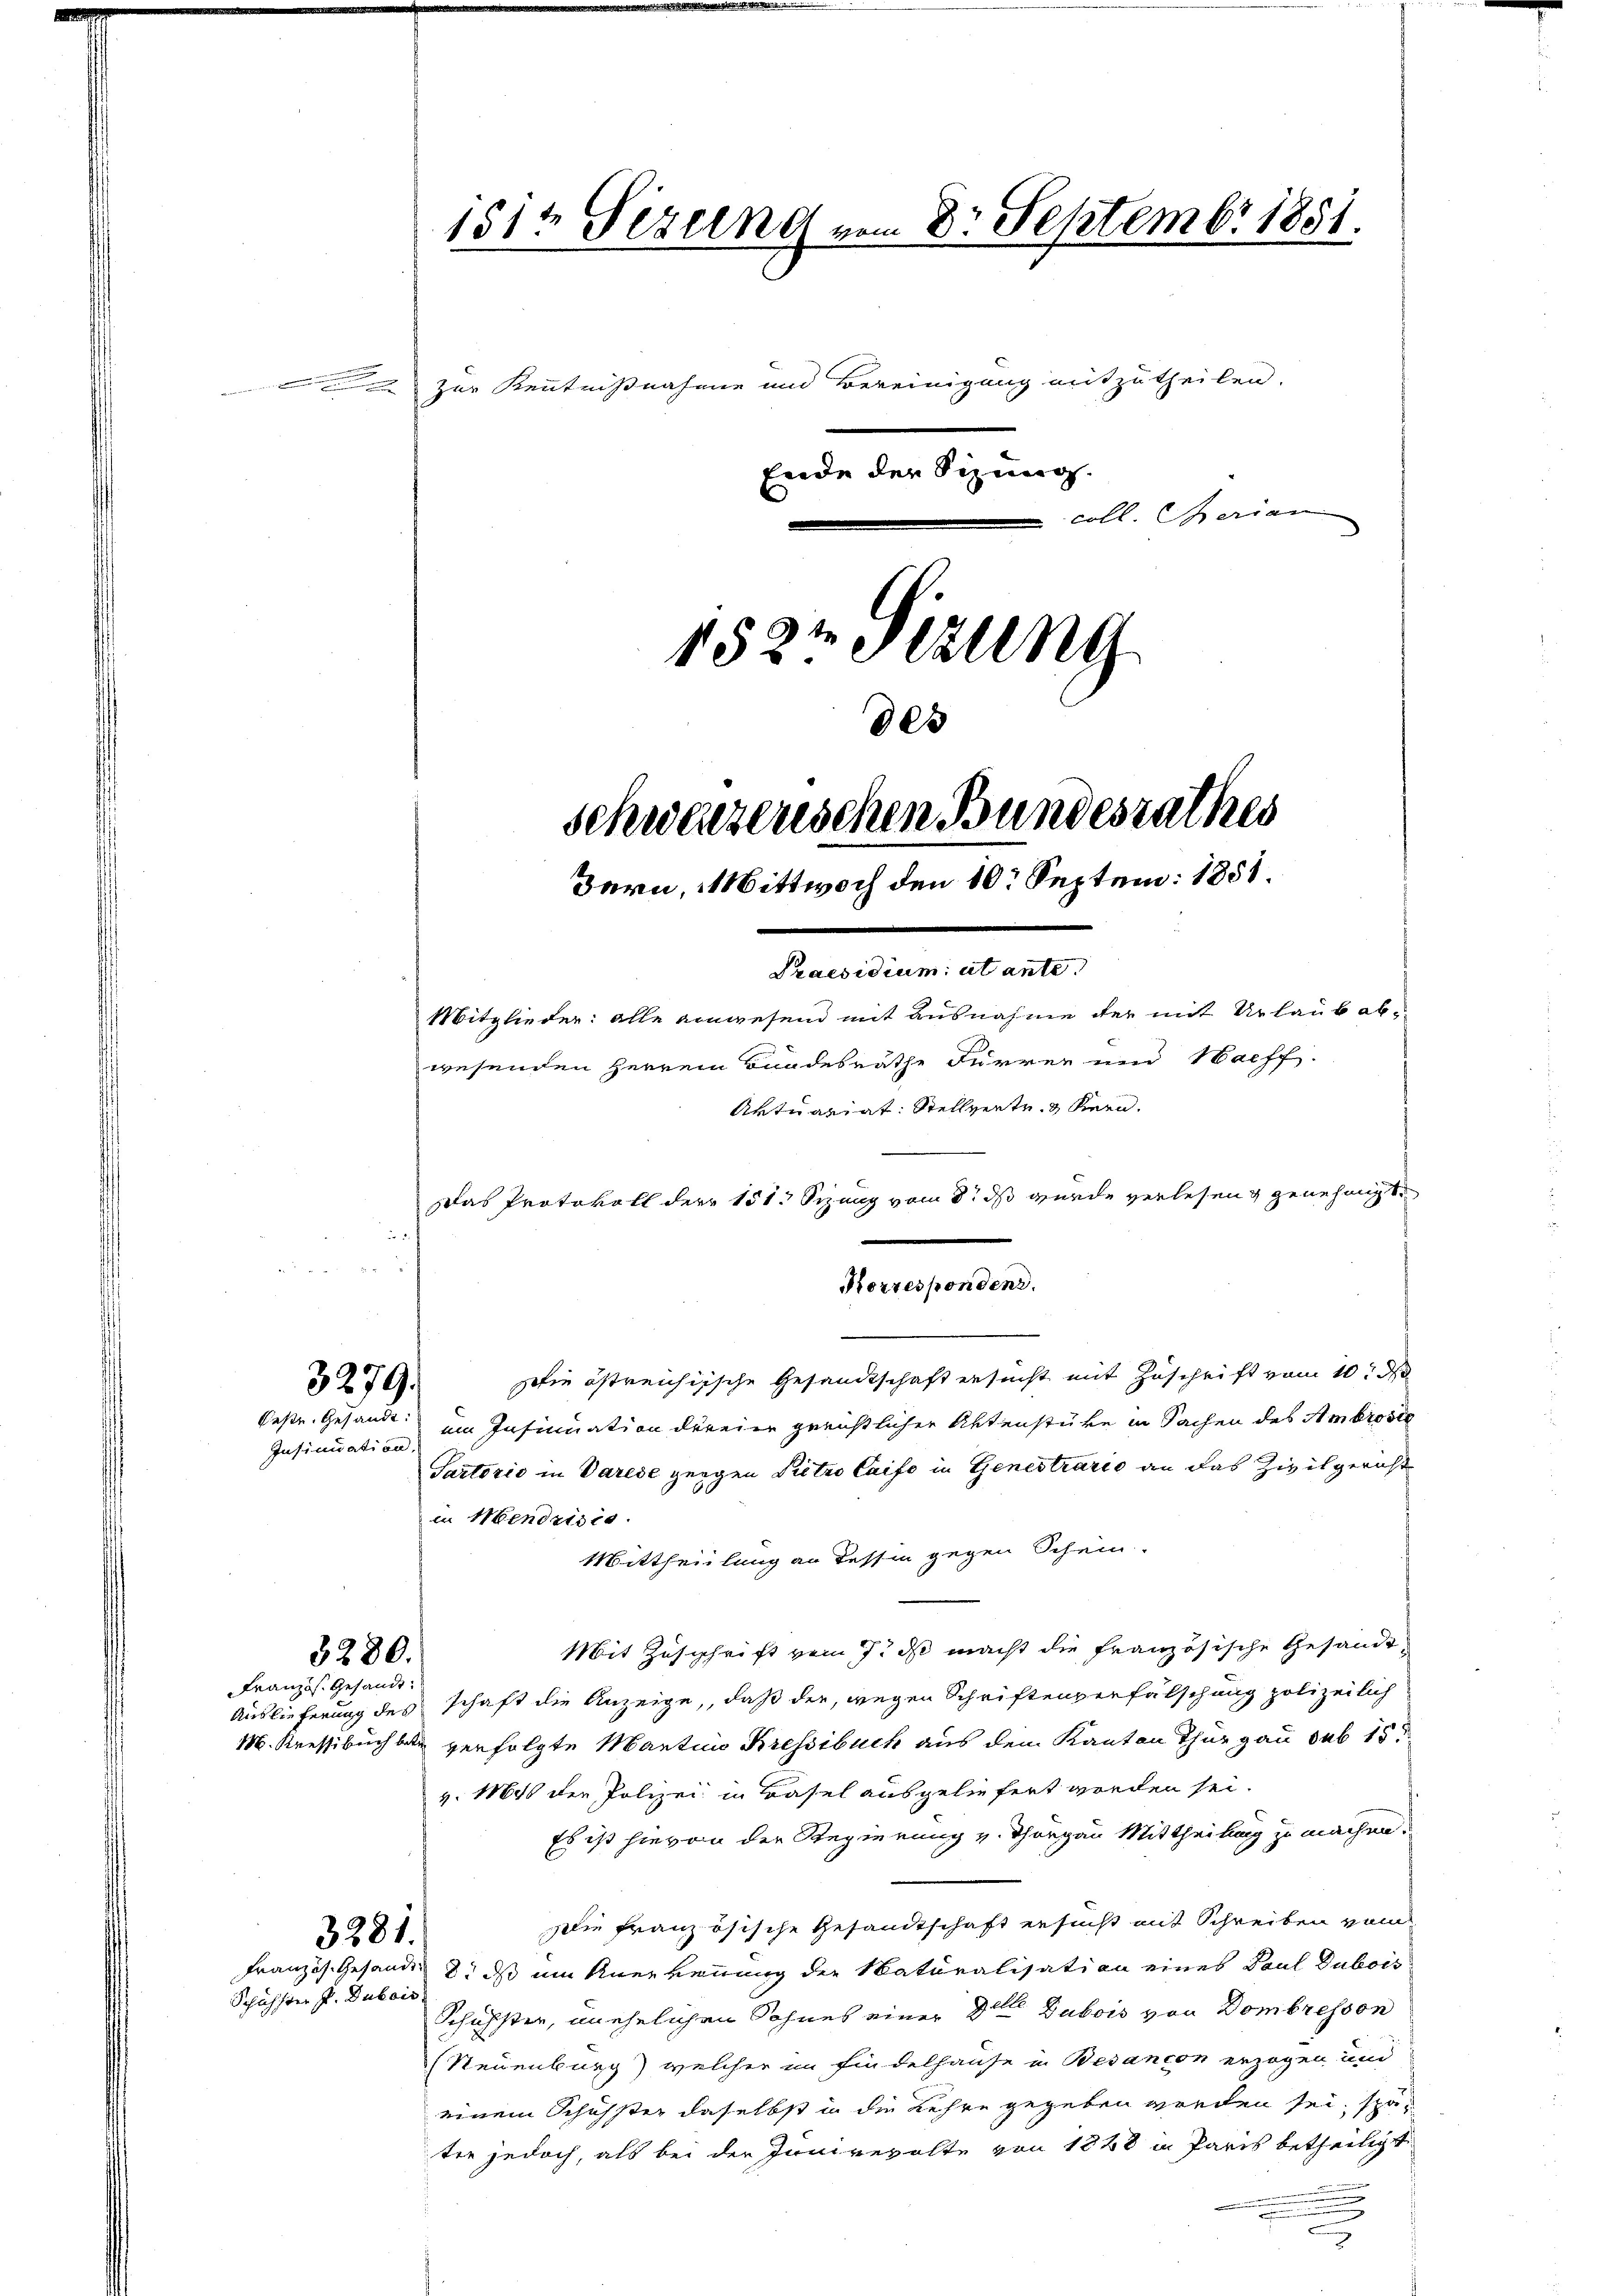
Insinuation,

151te Sizung vom 8. Septembr 1851.
 zur Kenntnißnahme und Bereinigung mitzutheilen.
Ende der Sizung.
coll. Serien
152 Sizung
805
schwerzenschen Bundesrathes
Bern, Mittwoch den 10t Septem: 1851.
Praesidium ut ante
Mitglieder: alle einwesend mit Ausnahme der mit Urlaub abwesenden Herrein Bundesräthe Furrer und Hachf
Aktuariat: Stellverte Kern,

3279.

3280.
Französ. Gesandt.

3281.
Schuhster J. Dubois

Das Protokoll der 151. Sizung vom 8. ds wurde verlesen genehmigt
Korresponden.
ie östreichische Gesandtschaft ersucht mit Zuschrift vom 10t d
beste Gesandt um Insinuation dereien gerichtlicher Aktenstüke in Sachen des Ambrosie
Sartorio in Varede geigen Pietro Caife in Genestrario an das Zivilgericht
in Mendrisis.
Mittheilung an dessen gegen Schein.
Mit Zuschrift vom 7. ds macht die französische Gesandt¬
Auslieferung des schaft die Anzeige, daß der, wegen Schriftenverfälschung polizeilich
M. Kressibuchbar verfolgte Mantino Kressibuch aus dem Kanton Thurgau sub 15.
v. 1848 der Polizei in Basel ausgeliefert worden sei.
Es ist hievon der Regierung v. Thurgau Mittheilung zu machen.
Die französische Gesandtschaft ersucht mit Schreiben vom
Französ. Gesandt 8. ds um Anerkennung der Naturalisation eines Paul Dubois
Schuhster, unehelichen Sohnes einer den Gubois von Dombresson
(Steuenburg) welcher im findelhause in Besançon erzogen und
einem Schuhster daselbst in die Kehre gegeben werden sei, später jedoch, als bei der Ionirevolte von 1848 in Paris betheiligt
.